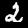
Digit: 2